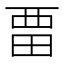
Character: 𭻌